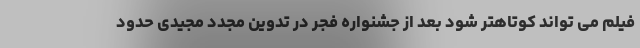
فیلم می تواند کوتاهتر شود بعد از جشنواره فجر در تدوین مجدد مجیدی حدود